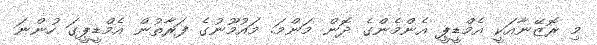
މި ރޮޒޭނާއަކީ އެމްޑީޕީ އެންމެންގެ ދޮން މަންމަ. މައުމޫނުގެ ފަރާތުން އެމްޑީޕީގަ ހުންނަ